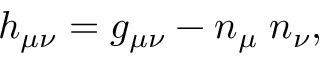
h _ { \mu \nu } = g _ { \mu \nu } - n _ { \mu } \; n _ { \nu } ,